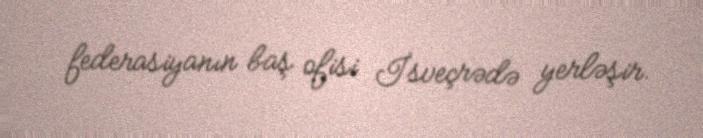
federasiyanın baş ofisi İsveçrədə yerləşir.